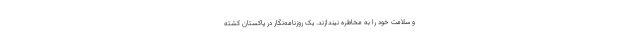
و سلامت خود را به مخاطره نیندازند. یک روزنامه‌نگار در پاکستان کشته